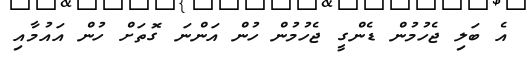
އެ ބަލި ޖެހުމުން ޑެންގީ ޖެހުމުން ހުން އަންނަ ގޮތަށް ހުން އައުމާއި